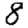
Digit: 8